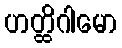
ဟတ္ထိဂါမော